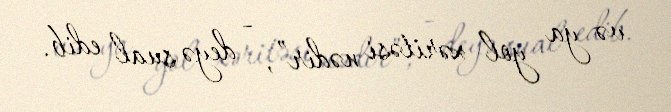
və ya yol xəritəsi nədir”, - deyə sual edib.